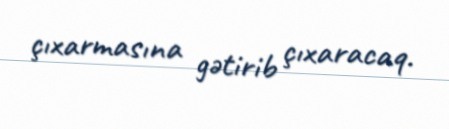
çıxarmasına gətirib çıxaracaq.